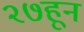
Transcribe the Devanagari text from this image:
२७हून